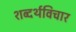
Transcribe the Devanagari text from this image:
शब्दर्थविचार